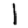
Digit: 1